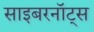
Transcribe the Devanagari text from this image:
साइबरनॉट्स